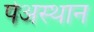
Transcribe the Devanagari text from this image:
पेअस्थान